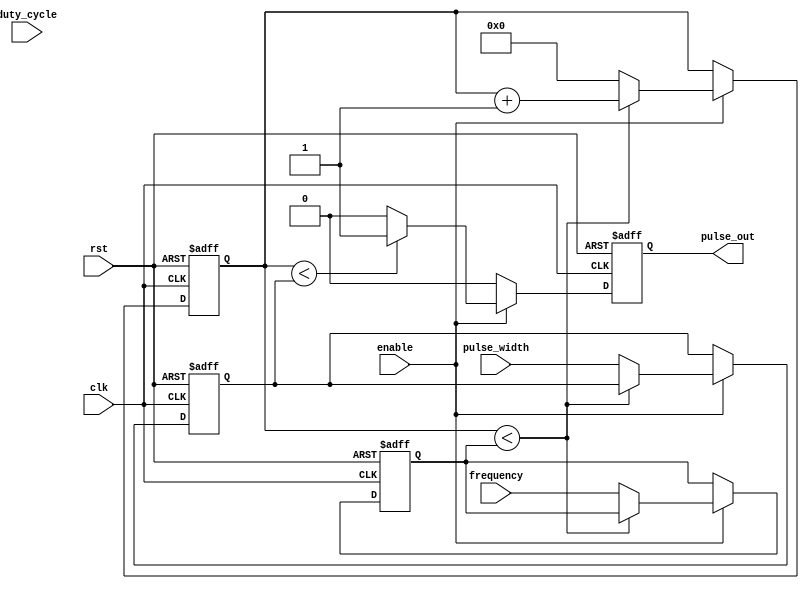
module PulseGenerator (
    input wire clk,             // input clock signal
    input wire rst,             // input reset signal
    input wire enable,          // input enable signal
    input wire [7:0] pulse_width, // input pulse width parameter
    input wire [7:0] duty_cycle,  // input duty cycle parameter
    input wire [15:0] frequency,  // input frequency parameter
    output reg pulse_out         // output pulse signal
);

reg [15:0] counter;
reg [7:0] pulse_width_reg;
reg [7:0] duty_cycle_reg;
reg [15:0] frequency_reg;

always @(posedge clk or posedge rst) begin
    if (rst) begin
        counter <= 16'b0;
        pulse_width_reg <= 8'b0;
        duty_cycle_reg <= 8'b0;
        frequency_reg <= 16'b0;
        pulse_out <= 1'b0;
    end else begin
        if (enable) begin
            if (counter < frequency_reg) begin
                counter <= counter + 1;
            end else begin
                counter <= 16'b0;
                pulse_width_reg <= pulse_width;
                duty_cycle_reg <= duty_cycle;
                frequency_reg <= frequency;
            end

            if (counter < pulse_width_reg) begin
                pulse_out <= 1'b1;
            end else begin
                pulse_out <= 1'b0;
            end
        end else begin
            pulse_out <= 1'b0;
        end
    end
end

endmodule